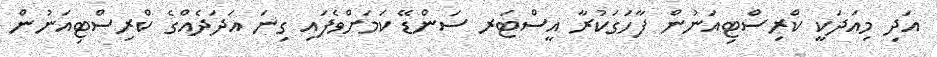
އަދި މިއަދަކީ ކްރިސްޓިއަނުން ފާހަގަކުރާ އީސްޓަރ ސަންޑޭ ކަމަށްވެފައި ގިނަ އަދަދެއްގެ ކްރިސްޓިއަނުން